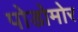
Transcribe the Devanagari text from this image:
पोडोमोर